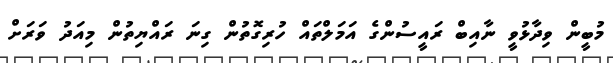
މުބީން ވިދާޅުވީ ނާއިބް ރައީސުންގެ އަމަލްތައް ހުރިގޮތުން ގިނަ ރައްޔިތުން މިއަދު ވަރަށް